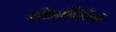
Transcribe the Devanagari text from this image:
परिअस्थितियों